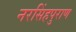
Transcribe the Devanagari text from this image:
नरसिंहपुराण